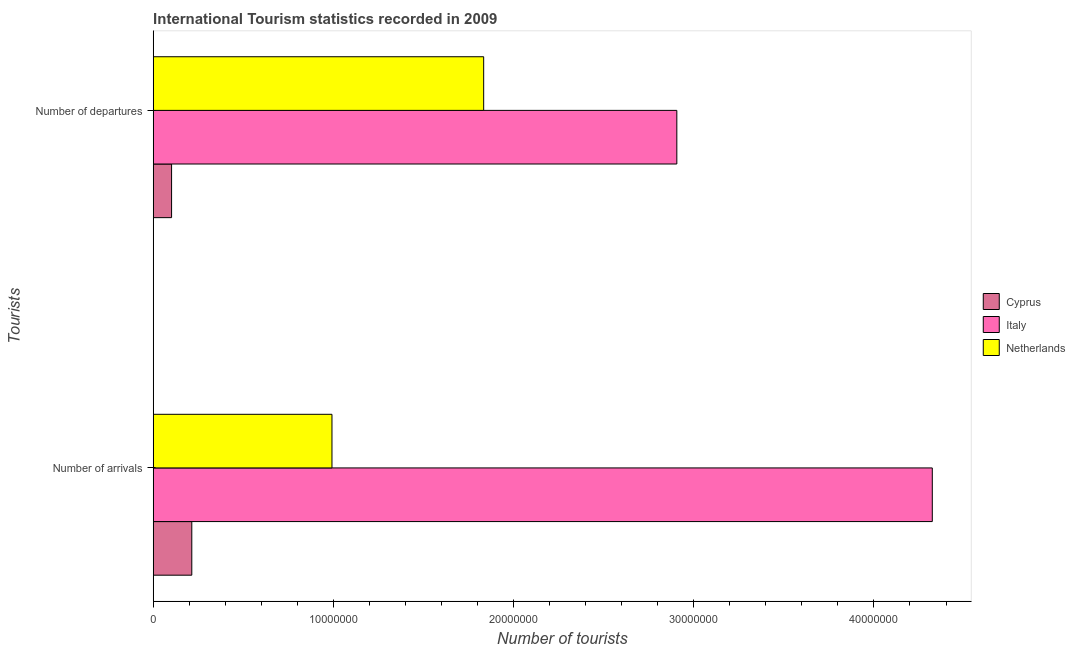
| Tourists | Cyprus | Italy | Netherlands |
 | --- | --- | --- | --- |
 | Number of arrivals | 2.14e+06 | 4.32e+07 | 9.92e+06 |
 | Number of departures | 1.02e+06 | 2.91e+07 | 1.83e+07 |